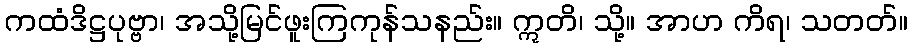
ကထံဒိဋ္ဌပုဗ္ဗာ၊ အသို့မြင်ဖူးကြကုန်သနည်း။ ဣတိ၊ သို့။ အာဟ ကိရ၊ သတတ်။